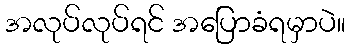
အလုပ်လုပ်ရင် အပြောခံရမှာပဲ။